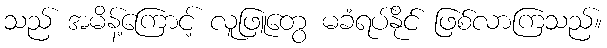
သည် အမိန့်ကြောင့် လူဖြူတွေ မခံရပ်နိုင် ဖြစ်လာကြသည်။